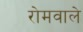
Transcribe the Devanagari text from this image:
रोमवाले